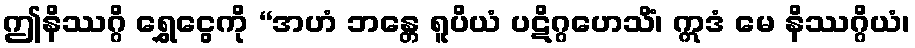
ဤနိဿဂ္ဂိ ရွှေငွေကို “အဟံ ဘန္တေ ရူပိယံ ပဋိဂ္ဂဟေသိံ၊ ဣဒံ မေ နိဿဂ္ဂိယံ၊